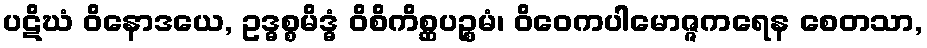
ပဋိဃံ ဝိနောဒယေ, ဥဒ္ဓစ္စမိဒ္ဓံ ဝိစိကိစ္ဆပဉ္စမံ၊ ဝိဝေကပါမောဇ္ဇကရေန စေတသာ,